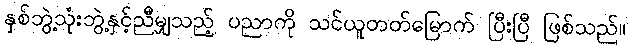
နှစ်ဘွဲ့သုံးဘွဲ့နှင့်ညီမျှသည့် ပညာကို သင်ယူတတ်မြောက် ပြီးပြီ ဖြစ်သည်။